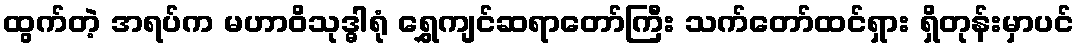
ထွက်တဲ့ အရပ်က မဟာဝိသုဒ္ဓါရုံ ရွှေကျင်ဆရာတော်ကြီး သက်တော်ထင်ရှား ရှိတုန်းမှာပင်